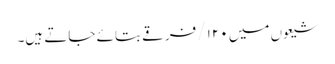
شیعوں میں ۱۲۰/ فرقے بتائے جاتے ہیں۔